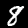
Label: 8